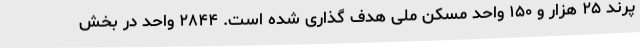
پرند ۲۵ هزار و ۱۵۰ واحد مسکن ملی هدف گذاری شده است. ۲۸۴۴ واحد در بخش